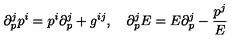
\partial _ { p } ^ { j } p ^ { i } = p ^ { i } \partial _ { p } ^ { j } + g ^ { i j } , \quad \partial _ { p } ^ { j } E = E \partial _ { p } ^ { j } - \frac { p ^ { j } } { E }